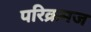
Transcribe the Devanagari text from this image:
परिक्रमज